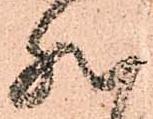
然